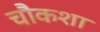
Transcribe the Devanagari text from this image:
चौकशा